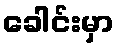
ခေါင်းမှာ